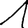
Digit: 1